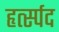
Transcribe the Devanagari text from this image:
हृर्त्स्पद